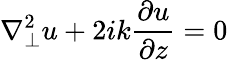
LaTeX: \nabla_{\perp}^{2}u+2ik\frac{\partial u}{\partial z}=0